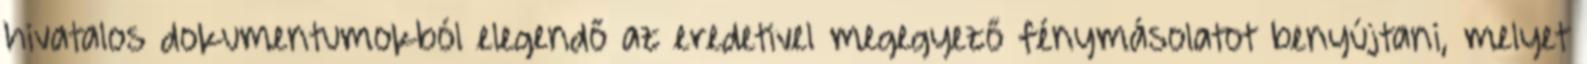
hivatalos dokumentumokból elegendő az eredetivel megegyező fénymásolatot benyújtani, melyet